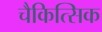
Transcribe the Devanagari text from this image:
चैकित्सिक